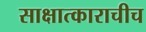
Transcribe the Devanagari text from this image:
साक्षात्काराचीच